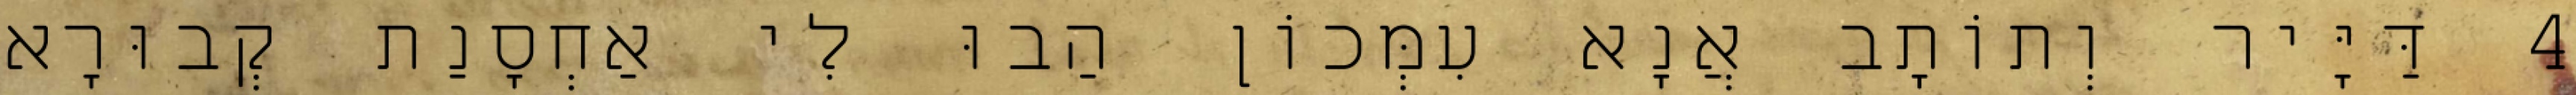
4 דַּיָּיר וְתוֹתָב אֲנָא עִמְּכוֹן הַבוּ לִי אַחְסָנַת קְבוּרָא